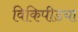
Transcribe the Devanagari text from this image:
विकिपीडया